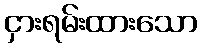
ငှားရမ်းထားသော